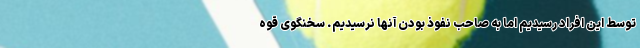
توسط این افراد رسیدیم اما به صاحب نفوذ بودن آنها نرسیدیم. سخنگوی قوه